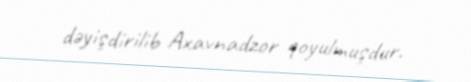
dəyişdirilib Axavnadzor qoyulmuşdur.